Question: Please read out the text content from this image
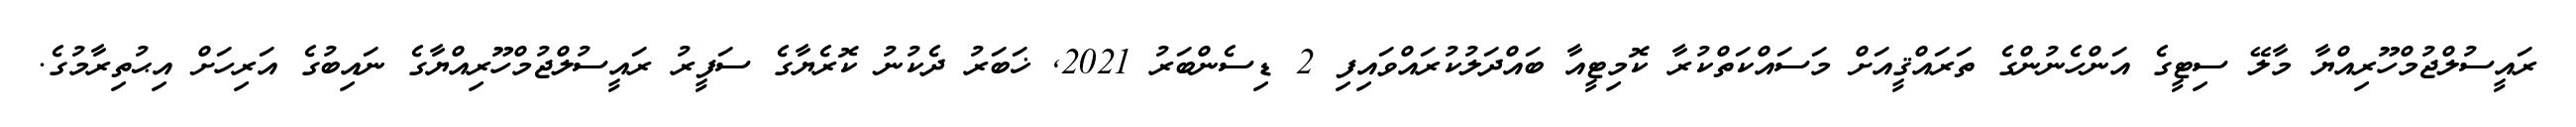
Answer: ރައީސުލްޖުމްހޫރިއްޔާ މާލޭ ސިޓީގެ އަންހެނުންގެ ތަރައްޤީއަށް މަސައްކަތްކުރާ ކޮމިޓީއާ ބައްދަލުކުރައްވައިފި 2 ޑިސެންބަރު 2021, ޚަބަރު ދެކުނު ކޮރެޔާގެ ސަފީރު ރައީސުލްޖުމްހޫރިއްޔާގެ ނައިބުގެ އަރިހަށް އިޙުތިރާމުގެ.